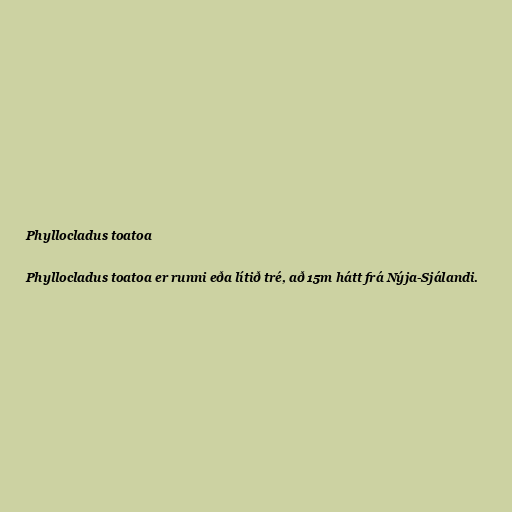
Phyllocladus toatoa

Phyllocladus toatoa er runni eða lítið tré, að 15m hátt frá Nýja-Sjálandi.